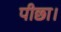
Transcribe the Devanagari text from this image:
पीछा।